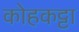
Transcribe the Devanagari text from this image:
कोहकट्टा